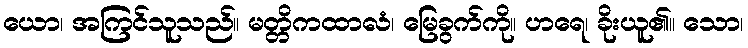
ယော၊ အကြင်သူသည်။ မတ္တိကထာလံ၊ မြေခွက်ကို။ ဟရေ၊ ခိုးယူ၏။ သော၊